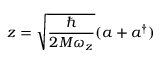
z = \sqrt { \frac { \hbar } { 2 M \omega _ { z } } } ( a + a ^ { \dagger } )